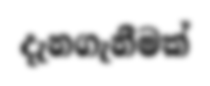
දැනගැනීමක්